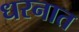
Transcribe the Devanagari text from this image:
धरनात